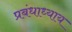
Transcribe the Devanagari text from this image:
प्रबंधाध्याय